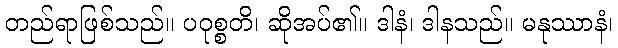
တည်ရာဖြစ်သည်။ ပဝုစ္စတိ၊ ဆိုအပ်၏။ ဒါနံ၊ ဒါနသည်။ မနုဿာနံ၊